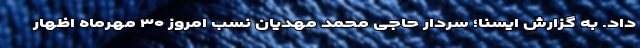
داد. به گزارش ایسنا؛ سردار حاجی محمد مهدیان نسب امروز ۳۰ مهرماه اظهار